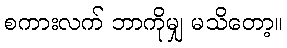
စကားလက် ဘာကိုမျှ မသိတော့။